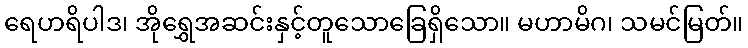
ရေဟရိပါဒ၊ အိုရွှေအဆင်းနှင့်တူသောခြေရှိသော။ မဟာမိဂ၊ သမင်မြတ်။